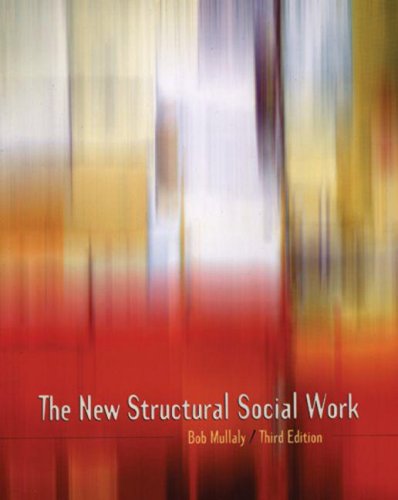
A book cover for The New Structural Social Work: Ideology, Theory, Practice; Bob Mullaly; Politics & Social Sciences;